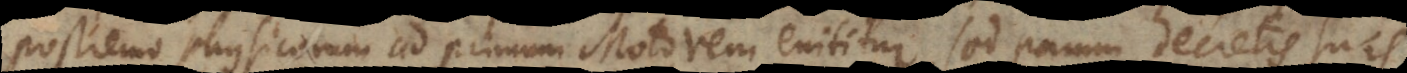
postremo Physicorum ad primum Motorem enititur, sed parum decretis suis